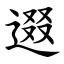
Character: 逫